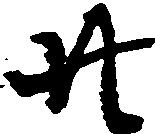
廿